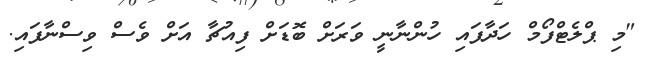
"މި ޕްލެޓްފޯމް ހަދާފައި ހުންނާނީ ވަރަށް ބޮޑަށް ފިއުޗާ އަށް ވެސް ވިސްނާފައި.